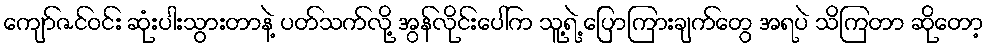
ကျော်ဇင်ဝင်း ဆုံးပါးသွားတာနဲ့ ပတ်သက်လို့ အွန်လိုင်းပေါ်က သူ့ရဲ့ ပြောကြားချက်တွေ အရပဲ သိကြတာ ဆိုတော့